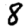
Digit: 8